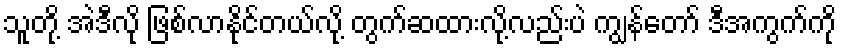
သူတို့ အဲဒီလို ဖြစ်လာနိုင်တယ်လို့ တွက်ဆထားလို့လည်းပဲ ကျွန်တော် ဒီအကွက်ကို